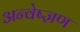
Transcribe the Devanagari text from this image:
अन्वेष्ज्ञण